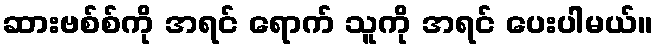
ဆားဗစ်စ်ကို အရင် ရောက် သူကို အရင် ပေးပါမယ်။